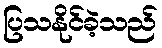
ပြသနိုင်ခဲ့သည်